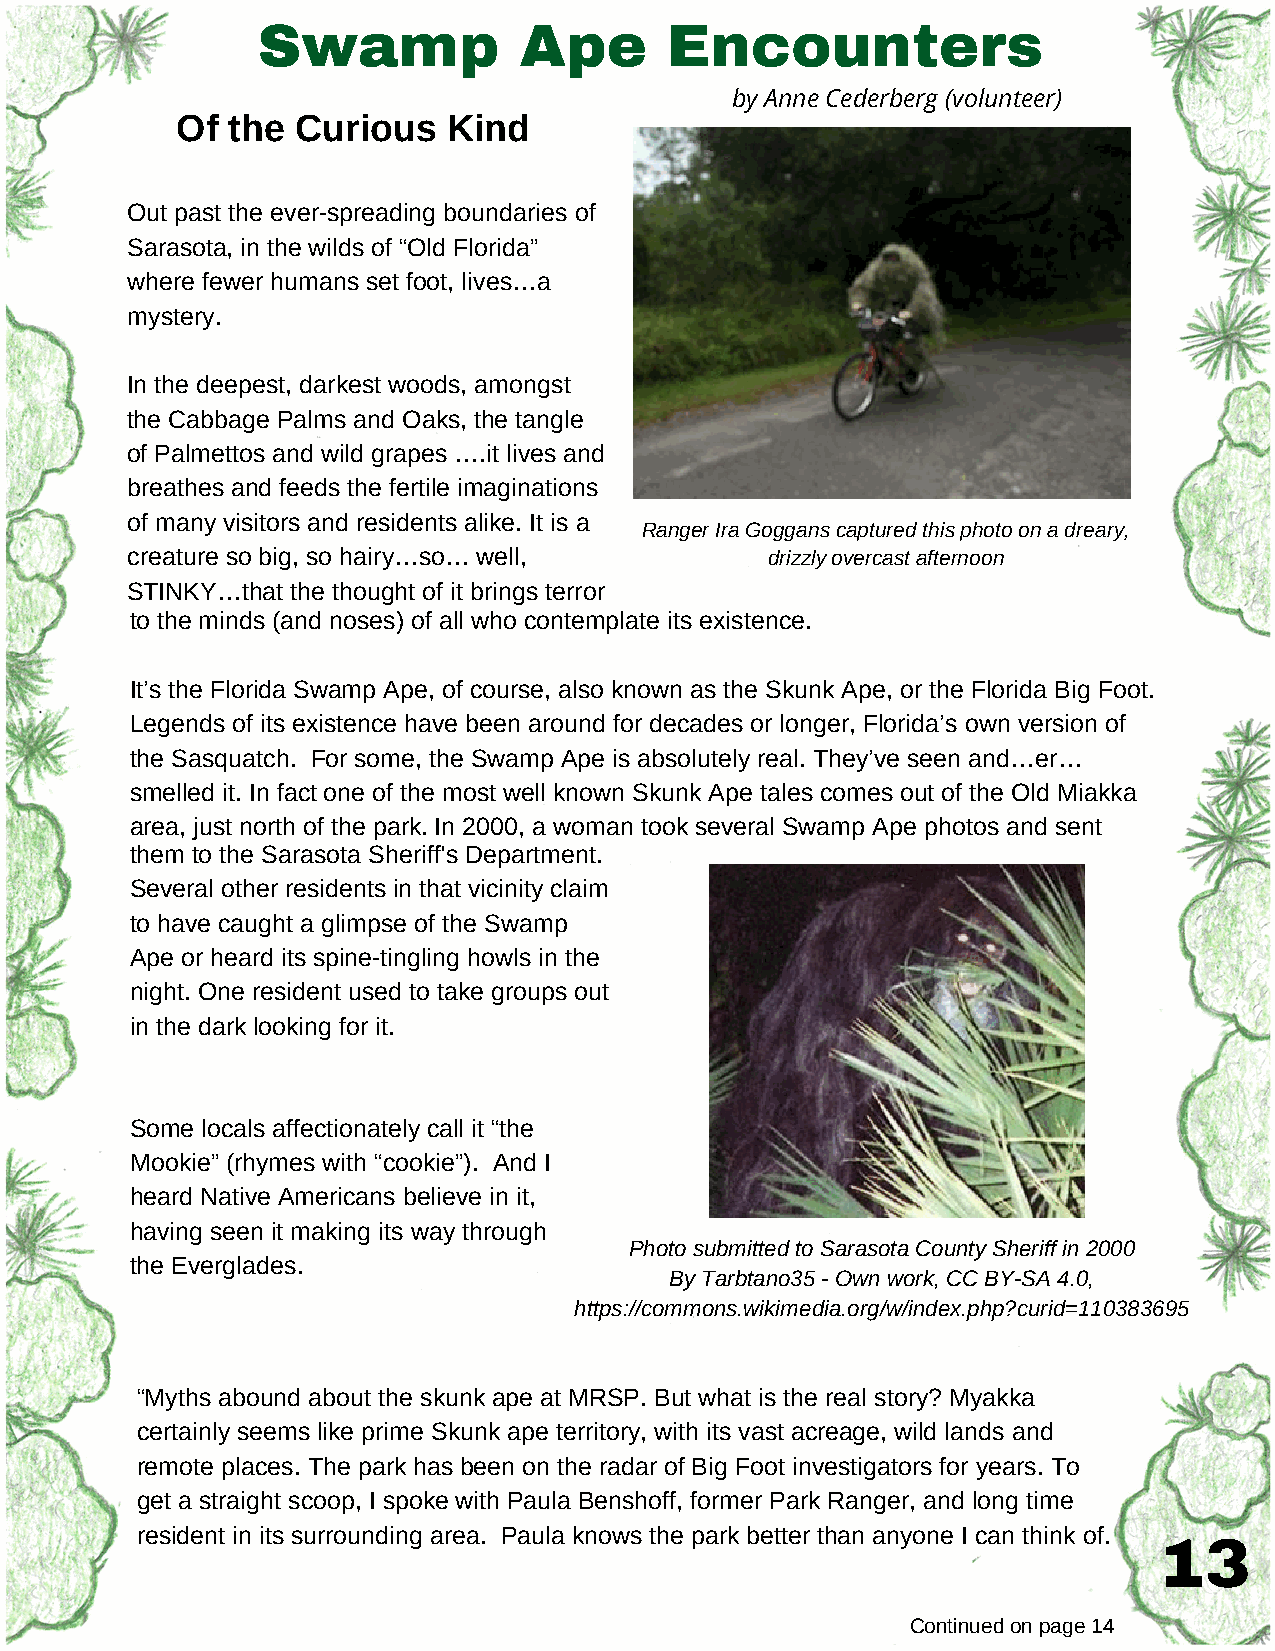
Swamp            Ape       Encounters
 by Anne Cederberg (volunteer)
 Of the  Curious   Kind
 Out past the ever-spreading boundaries of
 Sarasota, in the wilds of “Old Florida”
 where fewer humans set foot, lives…a
 mystery.
 In the deepest, darkest woods, amongst
 the Cabbage Palms and Oaks, the tangle
 of Palmettos and wild grapes ….it lives and
 breathes and feeds the fertile imaginations
 of many visitors and residents alike. It is a
 Ranger Ira Goggans captured this photo on a dreary,
 creature so big, so hairy…so… well,        drizzly overcast afternoon
 STINKY…that the thought of it brings terror
 to the minds (and noses) of all who contemplate its existence.
 It’s the Florida Swamp Ape, of course, also known as the Skunk Ape, or the Florida Big Foot.
 Legends of its existence have been around for decades or longer, Florida’s own version of
 the Sasquatch. For some, the Swamp Ape is absolutely real. They’ve seen and…er…
 smelled it. In fact one of the most well known Skunk Ape tales comes out of the Old Miakka
 area, just north of the park. In 2000, a woman took several Swamp Ape photos and sent
 them to the Sarasota Sheriff's Department.
 Several other residents in that vicinity claim
 to have caught a glimpse of the Swamp
 Ape or heard its spine-tingling howls in the
 night. One resident used to take groups out
 in the dark looking for it.
 Some locals affectionately call it “the
 Mookie” (rhymes with “cookie”). And I
 heard Native Americans believe in it,
 having seen it making its way through
 Photo submitted to Sarasota County Sheriff in 2000
 the Everglades.
 By Tarbtano35 - Own work, CC BY-SA 4.0,
 https://commons.wikimedia.org/w/index.php?curid=110383695
 “Myths abound about the skunk ape at MRSP. But what is the real story? Myakka
 certainly seems like prime Skunk ape territory, with its vast acreage, wild lands and
 remote places. The park has been on the radar of Big Foot investigators for years. To
 get a straight scoop, I spoke with Paula Benshoff, former Park Ranger, and long time
 resident in its surrounding area. Paula knows the park better than anyone I can think of.
 13
 Continued on page 14